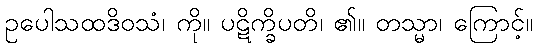
ဥပေါသထဒိဝသံ၊ ကို။ ပဋိက္ခိပတိ၊ ၏။ တသ္မာ၊ ကြောင့်။